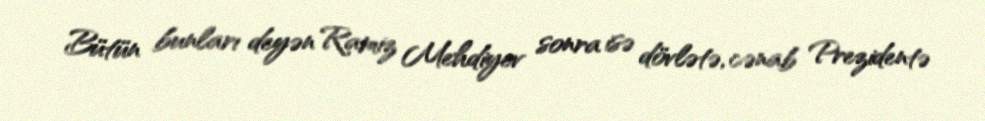
Bütün bunları deyən Ramiz Mehdiyev sonra isə dövlətə, cənab Prezidentə